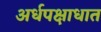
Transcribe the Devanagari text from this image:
अर्धपक्षाधात